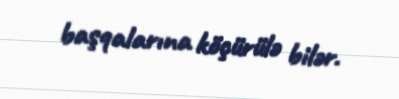
başqalarına köçürülə bilər.